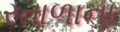
રતાળાના